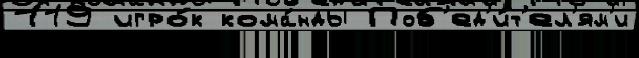
119 игро́к кома́нды Поб'ед'и́т'ел'ям'и